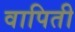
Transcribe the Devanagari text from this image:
वापिती